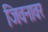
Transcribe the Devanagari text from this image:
जिवनावर